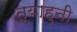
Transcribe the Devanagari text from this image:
त्याहुनी